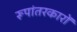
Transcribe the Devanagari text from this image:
रूपांतरकारों